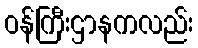
ဝန်ကြီးဌာနကလည်း